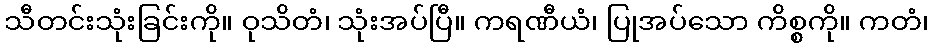
သီတင်းသုံးခြင်းကို။ ဝုသိတံ၊ သုံးအပ်ပြီ။ ကရဏီယံ၊ ပြုအပ်သော ကိစ္စကို။ ကတံ၊